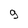
Character: 9